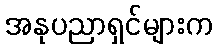
အနုပညာရှင်များက